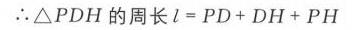
\(\therefore \triangle PDH\) 的周长 \(l = PD + DH + PH\)